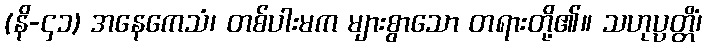
(နိ-၄၁) အနေကေသံ၊ တစ်ပါးမက များစွာသော တရားတို့၏။ သဟုပ္ပတ္တိံ၊